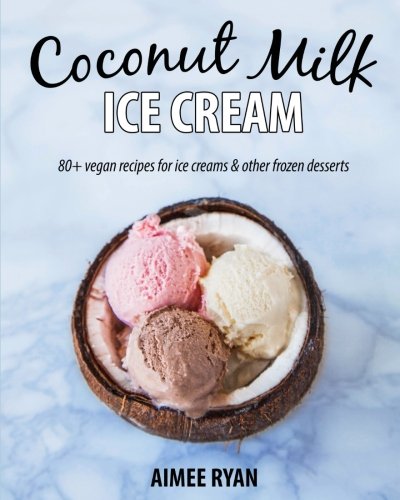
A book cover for Coconut Milk Ice Cream: Vegan & Grain-free Ice Creams & Frozen Treats - Made Using Coconut Milk; Aimee Ryan; Cookbooks, Food & Wine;